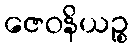
ဇေဝနိယဉ္စ